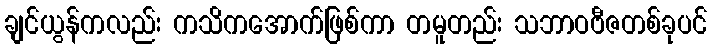
ချင်ယွန်ကလည်း ကသိကအောက်ဖြစ်ကာ တမူတည်း သဘာဝဗီဇတစ်ခုပင်